Medical and sanitary report of the native army of Madras for the year
Year: 1878
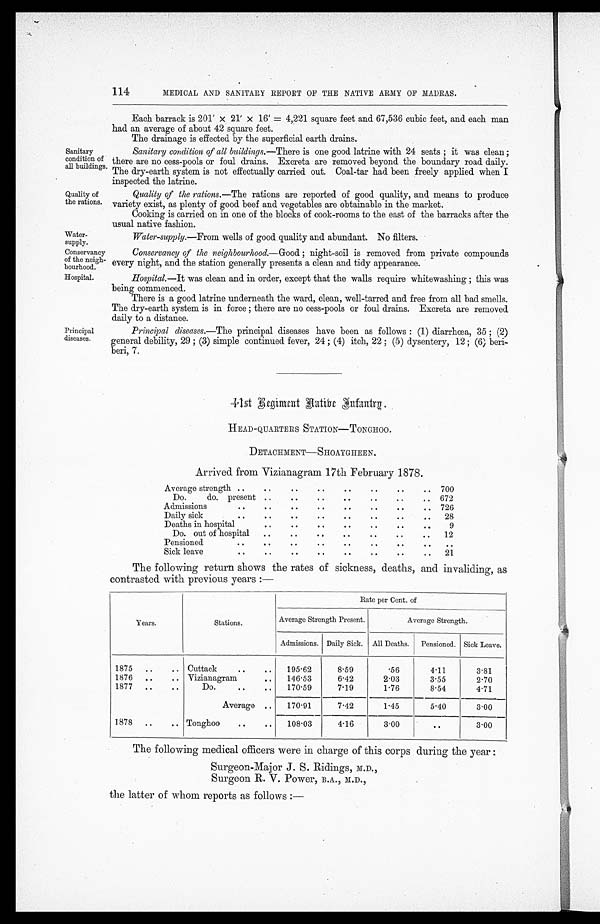
Sanitary
condition of
all buildings.
Quality of
the rations.
114
MEDICAL AND SANITARY REPORT OF THE NATIVE ARMY OF MADRAS.
Each barrack is 201' x 21' x 16' = 4,221 square feet and 67,536 cubic feet, and each man
had an average of about 42 square feet.
The drainage is effected by the superficial earth drains.
Sanitary condition of all buildings.— There is one good latrine with 24 seats ; it was clean ;
there are no cess-pools or foul drains. Excreta are removed beyond the boundary road daily.
The dry-earth system is not effectually carried out. Coal-tar had been freely applied when I
inspected the latrine.
Quality of the rations.—The rations are reported of good quality, and means to produce
variety exist, as plenty of good beef and vegetables are obtainable in the market.
Cooking is carried on in one of the blocks of cook-rooms to the east of the barracks after the
u sual native fashion .
Water.
supply.
Water-supply.—From wells of good quality and abundant. No filters.
Conservancy
of the neigh-
bourhood.
Hospital.
Principal
diseases.
Conservancy of the neighbourhood.— Good ; night-soil is removed from private compounds
every night, and the station generally presents a clean and tidy apperance.
Hospital.—It was clean and in order, except that the walls require whitewashing ; this was
b e i n g c o m m e n c e d .
There is a good latrine underneath the ward, clean, well-tarred and free from all bad smells.
The dry-earth system is in force ; there are no cess-pools or foul drains. Excreta are removed.
daily to a distance.
Principal diseases.—The principal diseases have been as follows : (1) diarrhœa, 35 ; (2)
general debility, 29 ; (3) simple continued fever, 24 ; (4) itch, 22 ; (5) dysentery, 12 ; (6) beri-
beri, 7.
4 1 s t R e g i m e n t N a t i v e I n f a n t r y .
HEAD-QUARTERS STATION—TONGHOO.
DETACHMENT—SHOAYGHEEN.
Arrived from Vizianagram 17th February 1878.
Average strength ..
..
..
..
..
..
..
..
700
Do.
do. present ..
..
.. .. .. ..
..
672
Admissions
..
..
.. .. .. .. ..
..
726
Daily sick
.. .. .. .. .. .. ..
..
28
Deaths in hospital
.. ..
..
.. .. .. ..
9
Do. out of hospital
.. ..
..
..
..
..
..
12
Pensioned
.. .. .. .. .. .. .. .. ..
Sick leave
.. ..
..
..
..
..
..
..
21
The following return shows the rates of sickness, deaths, and invaliding, as
contrasted with previous years :—
Years.
Stations.
Rate per Cent. of
Average Strength Present.
Average Strength.
Admissions. Daily Sick. AllDeaths.
Pensioned. Sick Leave.
1875
..
.. Cuttack
..
..
195.62
8.59
.56
4.11
3.81
1876
..
.. Vizianagram
..
146 . 53
6.42
2.03
3.55
2.70
1877
..
..
Do.
.. ..
170 . 59
7.19
1.76
8.54
4.71
Average
..
170 . 91
7.42
1.45
5-40
3.00
1878
..
..
Tonghoo
.. ..
108.03
4.16
3.00
..
3.00
The following medical officers were in charge of this corps during the year :
Surgeon-Major J. S. Ridings, M.D.,
Surgeon B. V. Power, B.A., M.D.,
the latter of whom reports as follows :—